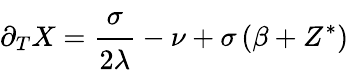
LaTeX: \partial_{T}X=\cfrac{\sigma}{2\lambda}-\nu+\sigma\left(\beta+Z^{*}\right)